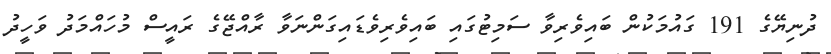
ދުނިޔޭގެ 191 ގައުމަކުން ބައިވެރިވާ ސަމިޓުގައި ބައިވެރިވެޑައިގަންނަވާ ރާއްޖޭގެ ރައީސް މުހައްމަދު ވަހީދު